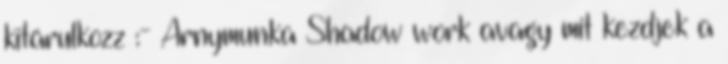
kitárulkozz :- Árnymunka Shadow work avagy mit kezdjek a